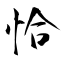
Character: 恰